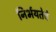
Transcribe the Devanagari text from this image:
निर्भयतेचे